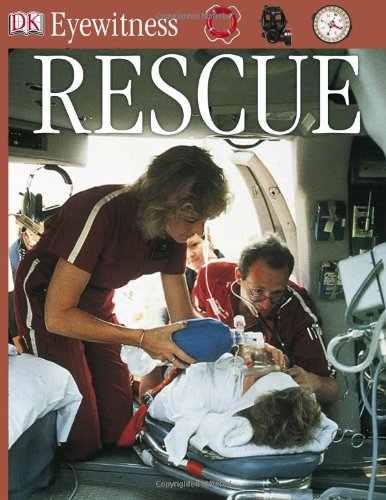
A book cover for Rescue (DK Eyewitness Books); Claire Watts; Medical Books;